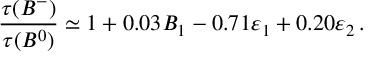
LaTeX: { \frac { \tau ( B ^ { - } ) } { \tau ( B ^ { 0 } ) } } \simeq 1 + 0 . 0 3 B _ { 1 } - 0 . 7 1 \varepsilon _ { 1 } + 0 . 2 0 \varepsilon _ { 2 } \, .